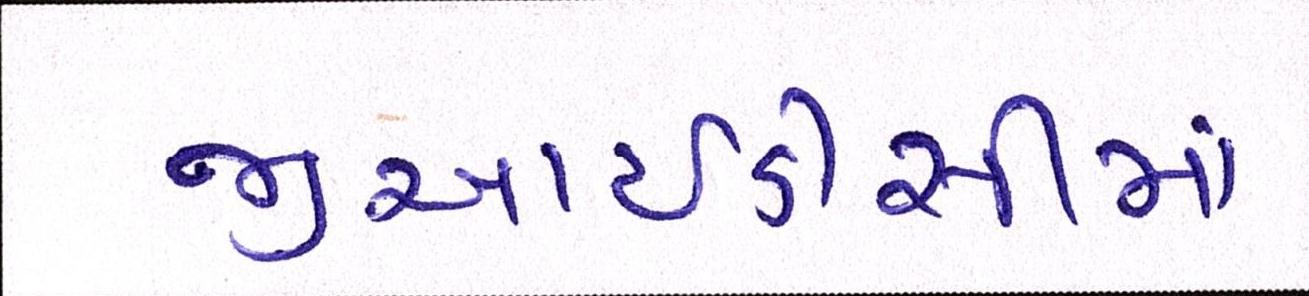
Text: જીઆઇડીસીમાં